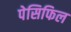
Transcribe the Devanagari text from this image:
पेसिफिल